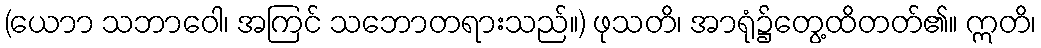
(ယောာ သဘာဝေါ၊ အကြင် သဘောတရားသည်။) ဖုသတိ၊ အာရုံ၌တွေ့ထိတတ်၏။ ဣတိ၊